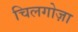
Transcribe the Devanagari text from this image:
चिलगोज़ा